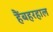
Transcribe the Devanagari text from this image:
हैंबहरहाल